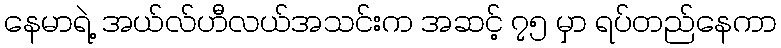
နေမာရဲ့ အယ်လ်ဟီလယ်အသင်းက အဆင့် ၇၅ မှာ ရပ်တည်နေကာ